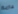
عازبة